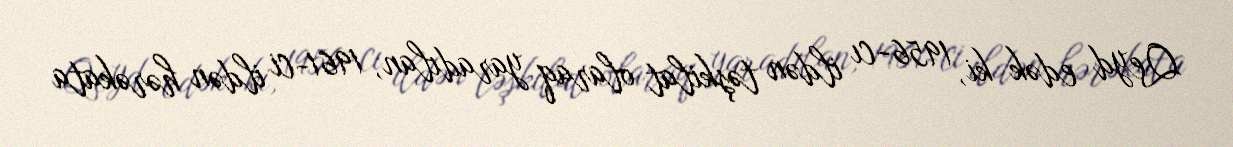
Qeyd edək ki, 1956-cı ildən təşkilat olaraq yaradılan, 1961-ci ildən hərəkata